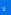
لا